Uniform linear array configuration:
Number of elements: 32
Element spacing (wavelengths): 0.5
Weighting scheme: uniform
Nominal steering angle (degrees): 60
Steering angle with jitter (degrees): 61.076
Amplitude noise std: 0.05
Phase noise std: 0.05

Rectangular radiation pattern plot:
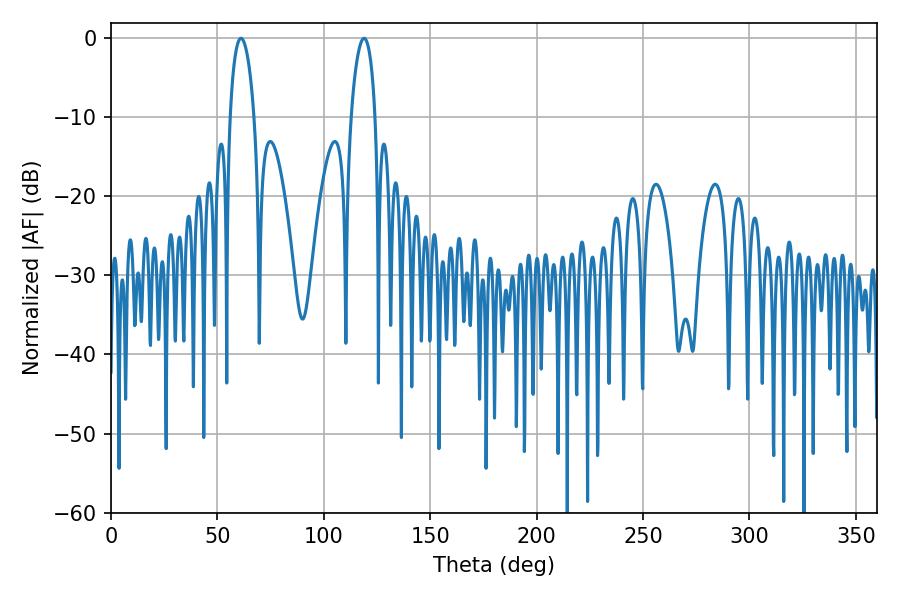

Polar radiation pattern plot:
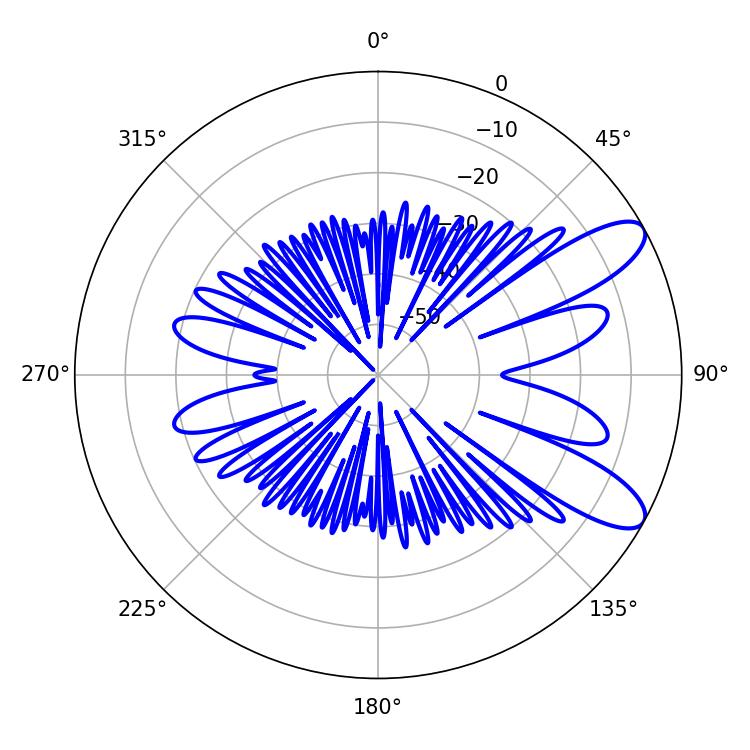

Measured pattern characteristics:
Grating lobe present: FALSE
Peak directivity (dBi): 9.592
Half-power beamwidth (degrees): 6.48
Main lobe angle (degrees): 61.02